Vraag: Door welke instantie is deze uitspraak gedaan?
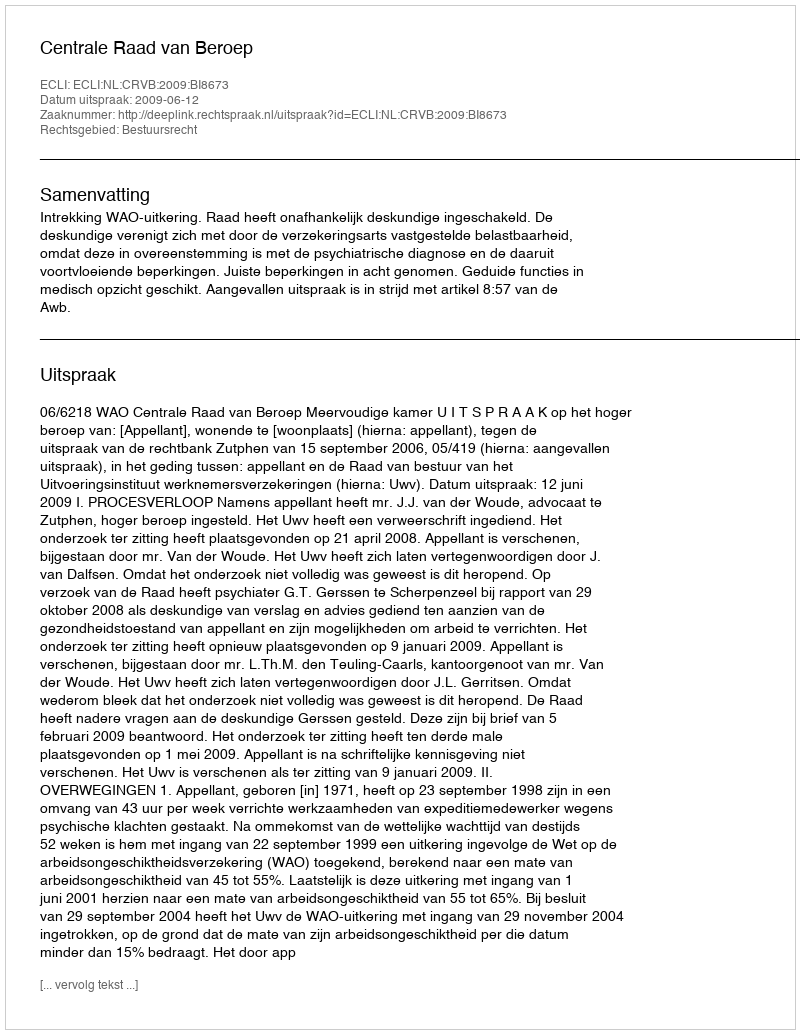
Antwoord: Centrale Raad van Beroep